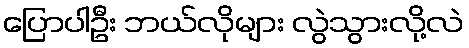
ပြောပါဦး ဘယ်လိုများ လွဲသွားလို့လဲ